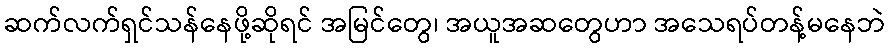
ဆက်လက်ရှင်သန်နေဖို့ဆိုရင် အမြင်တွေ၊ အယူအဆတွေဟာ အသေရပ်တန့်မနေဘဲ